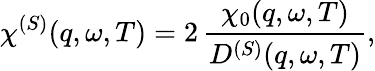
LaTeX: \chi^{(S)}(q,\omega,T)=2\, {\frac{\chi_{0}(q,\omega,T)}{D^{(S)}(q,\omega,T)}},